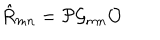
LaTeX: \hat { R } _ { m n } = { \cal P } { \cal G } _ { m n } { \cal O } \,